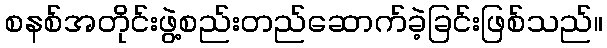
စနစ်အတိုင်းဖွဲ့စည်းတည်ဆောက်ခဲ့ခြင်းဖြစ်သည်။